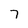
Character: 7